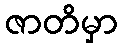
ဇာတိမှာ